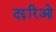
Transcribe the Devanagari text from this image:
दद्दरिओ